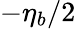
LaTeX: -\eta_{b}/2